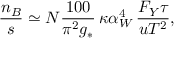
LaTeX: { \frac { n _ { B } } { s } } \simeq { \cal N } { \frac { 1 0 0 } { \pi ^ { 2 } g _ { * } } } \, \kappa \alpha _ { W } ^ { 4 } \, { \frac { F _ { Y } \tau } { u T ^ { 2 } } } ,